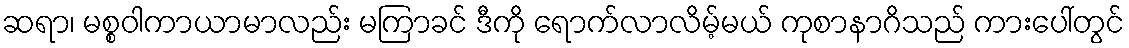
ဆရာ၊ မစ္စဝါကာယာမာလည်း မကြာခင် ဒီကို ရောက်လာလိမ့်မယ် ကုစာနာဂိသည် ကားပေါ်တွင်